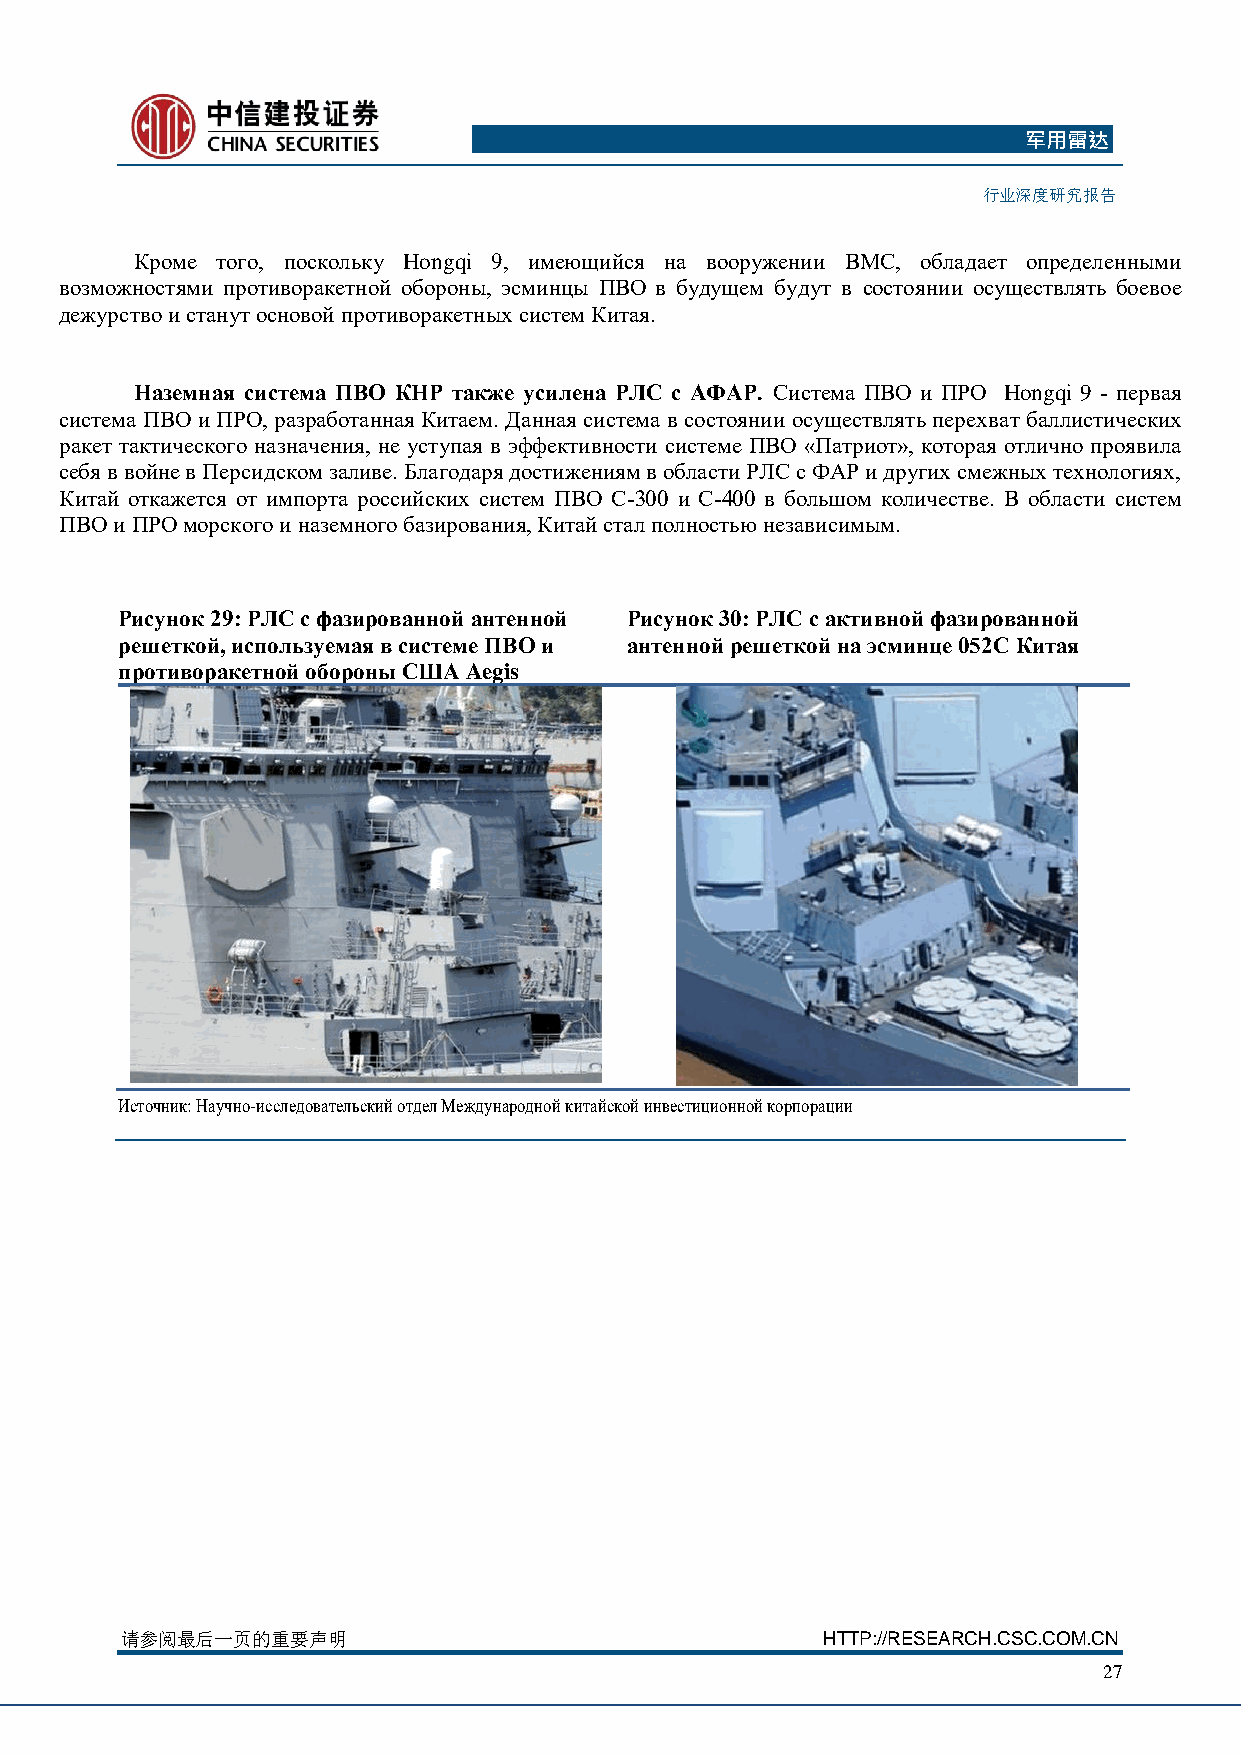
军用雷达
 行业深度研究报告
 Кроме того, поскольку Hongqi 9, имеющийся на вооружении ВМС, обладает определенными
 возможностями противоракетной обороны, эсминцы ПВО в будущем будут в состоянии осуществлять боевое
 дежурство и станут основой противоракетных систем Китая.
 Наземная система ПВО КНР также усилена РЛС с АФАР. Система ПВО и ПРО Hongqi 9 - первая
 система ПВО и ПРО, разработанная Китаем. Данная система в состоянии осуществлять перехват баллистических
 ракет тактического назначения, не уступая в эффективности системе ПВО «Патриот», которая отлично проявила
 себя в войне в Персидском заливе. Благодаря достижениям в области РЛС с ФАР и других смежных технологиях,
 Китай откажется от импорта российских систем ПВО С-300 и С-400 в большом количестве. В области систем
 ПВО и ПРО морского и наземного базирования, Китай стал полностью независимым.
 Рисунок 29: РЛС с фазированной антенной Рисунок 30: РЛС с активной фазированной
 решеткой, используемая в системе ПВО и антенной решеткой на эсминце 052С Китая
 противоракетной обороны США Aegis
 Источник: Научно-исследовательский отдел Международной китайской инвестиционной корпорации
 请 参阅最后一页的重要声明                                 HTTP://RESEARCH.CSC.COM.CN
 27